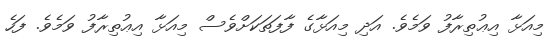
މިއަޅާ އިޢުތިރާފު ވަމެވެ. އަދި މިއަޅާގެ ފާފަތަކަށްވެސް މިއަޅާ އިޢުތިރާފު ވަމެވެ. ފަހެ